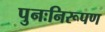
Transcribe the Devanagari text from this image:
पुनःनिरूपण